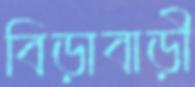
বিড়াবাড়ী